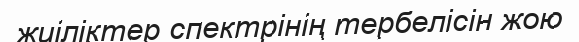
жиіліктер спектрінің тербелісін жою